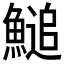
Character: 𩺬